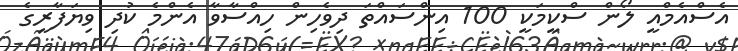
އެސްއެމްއީ ލޯން ސްކީމަކީ 100 އިންސައްތަ ދިވެހިން ހިއްސާވާ އެންމެ ކުދި ވިޔަފާރީގެ